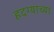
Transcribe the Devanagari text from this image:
हदग्याच्या